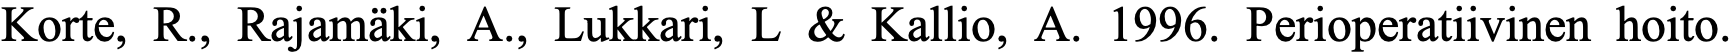
Korte, R., Rajamäki, A., Lukkari, L & Kallio, A. 1996. Perioperatiivinen hoito.